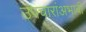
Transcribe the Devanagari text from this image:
उपचारांअभावी